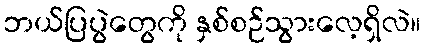
ဘယ်ပြပွဲတွေကို နှစ်စဉ်သွားလေ့ရှိလဲ။